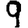
Digit: 9